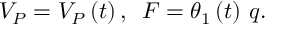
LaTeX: V _ { P } = V _ { P } \left( t \right) , \, \, \, F = \theta _ { 1 } \left( t \right) \, q .